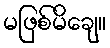
မဖြစ်မိချေ။